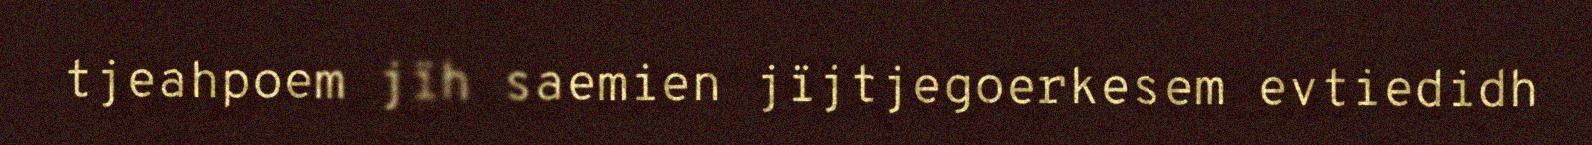
tjeahpoem jïh saemien jïjtjegoerkesem evtiedidh